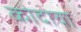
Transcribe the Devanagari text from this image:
कोदावा